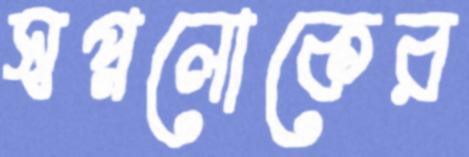
স্বপ্নলোকের